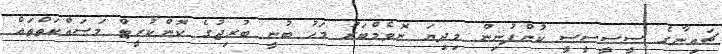
ޗައިނާގެ ސީސީސީސީ ކުންފުނިން މިދިޔަ ނޮވެމްބަރު މަހު ބުނީ ބުރިޖުގެ ކޮންކުރީޓް މަސައްކަތްތައް